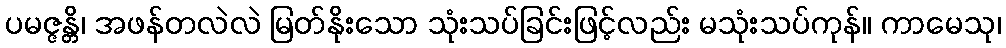
ပမဇ္ဇန္တိ၊ အဖန်တလဲလဲ မြတ်နိုးသော သုံးသပ်ခြင်းဖြင့်လည်း မသုံးသပ်ကုန်။ ကာမေသု၊